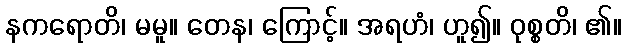
နကရောတိ၊ မမူ။ တေန၊ ကြောင့်။ အရဟံ၊ ဟူ၍။ ဝုစ္စတိ၊ ၏။